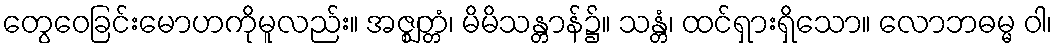
တွေဝေခြင်းမောဟကိုမူလည်း။ အဇ္ဈတ္တံ၊ မိမိသန္တာန်၌။ သန္တံ၊ ထင်ရှားရှိသော။ လောဘဓမ္မ ဝါ၊